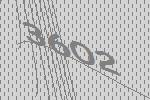
3602